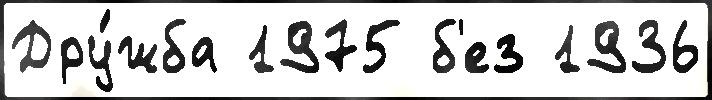
Дру́жба 1975 б'ез 1936